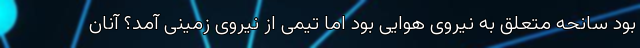
بود سانحه متعلق به نیروی هوایی بود اما تیمی از نیروی زمینی آمد؟ آنان